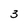
Character: 3